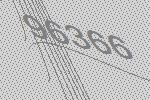
96366